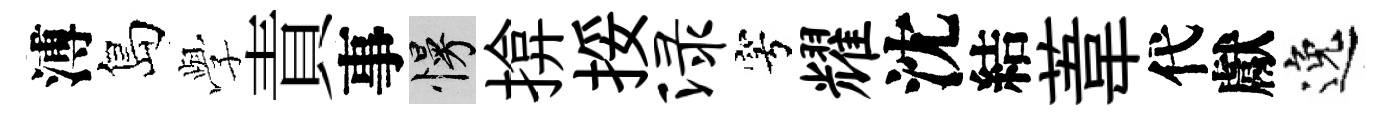
溥島𫝯責事慢揜挼渌穹耀沈結葦代獻逸